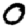
Digit: 0